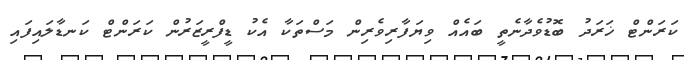
ކަރަންޓް ޚަރަދު ބޮޑުވެދާނެތީ ބައެއް ވިޔަފާރިވެރިން މަސްތަަކާ އެކު ޑީފްރީޒަރުން ކަރަންޓް ކަނޑާލައިފައި